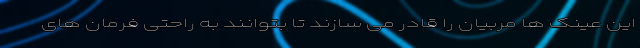
این عینک ها مربیان را قادر می سازند تا بتوانند به راحتی فرمان های